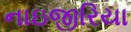
નાઇજીરિયા